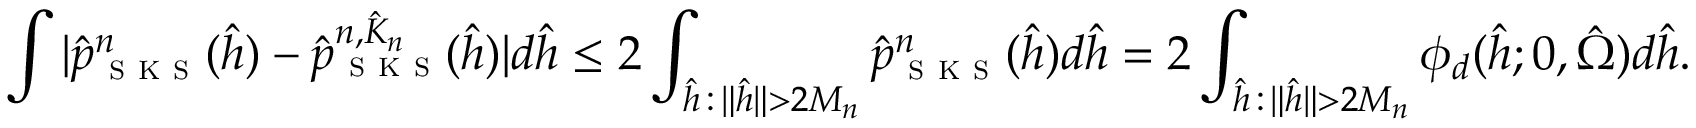
\int | \hat { p } _ { \textsc { s k s } } ^ { n } ( \hat { h } ) - \hat { p } _ { \textsc { s k s } } ^ { n , \hat { K } _ { n } } ( \hat { h } ) | d \hat { h } \leq 2 \int _ { \hat { h } \, : \, \| \hat { h } \| > 2 M _ { n } } \hat { p } _ { \textsc { s k s } } ^ { n } ( \hat { h } ) d \hat { h } = 2 \int _ { \hat { h } \, : \, \| \hat { h } \| > 2 M _ { n } } \phi _ { d } ( \hat { h } ; 0 , \hat { \Omega } ) d \hat { h } .